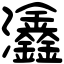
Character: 𤅺